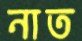
নাত